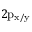
2 \mathrm { p _ { x / y } }